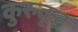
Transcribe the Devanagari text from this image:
कुरुवृद्ध